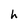
Character: h